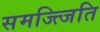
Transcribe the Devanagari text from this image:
समज्त्जिति